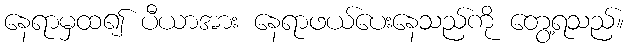
နေရာမှထ၍ ပီယာအား နေရာဖယ်ပေးနေသည်ကို တွေ့ရသည်။